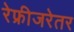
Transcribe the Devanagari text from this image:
रेफ्रीजरेतर